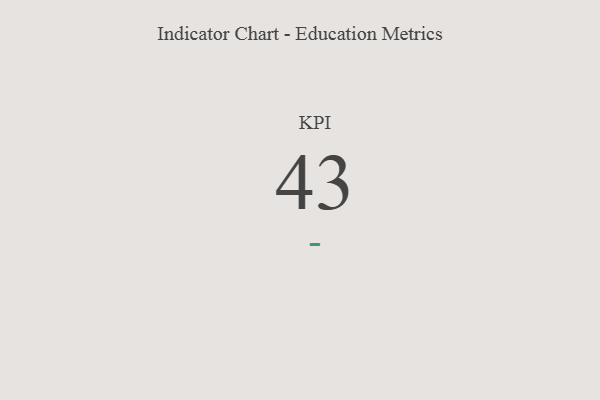
{"axis": {"x": "KPI", "y": "Value"}, "legend": [""], "data": [{"x": "KPI", "y": 43, "type": ""}]}